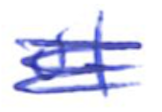
Text: of
Cross-out: scratch
Writing tool: ballpoint